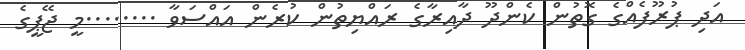
އަދި ޕުރޫފެއްގެ ގޮތުން ކެންދޫ ދާއިރާގެ ރައްޔިތުން ކުރެން އައްސަވާ ........މީ ޖޭޕީގެ